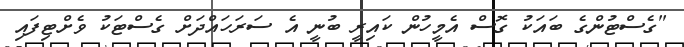
"ގެސްޓުންގެ ބައަކު ގޮސް އެމީހުން ކައިރީ ބުނީ އެ ސަރަަހައްދަށް ގެސްޓަކު ވެށްޓިފައި